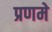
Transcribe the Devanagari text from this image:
प्रणमे